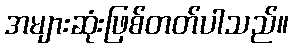
အများဆုံးဖြစ်တတ်ပါသည်။